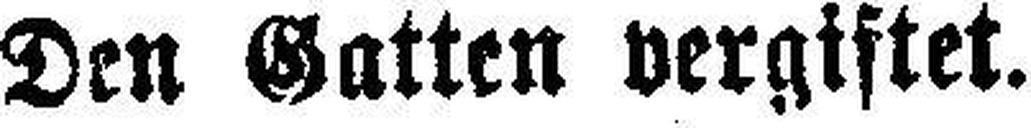
Den Gatten vergiftet.